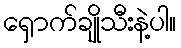
ရှောက်ချိုသီးနဲ့ပါ။